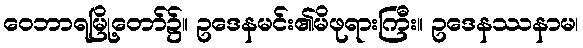
ဝေဘာရမြို့တော်၌။ ဥဒေနမင်း၏မိဖုရားကြီး။ ဥဒေနဿနာမ၊